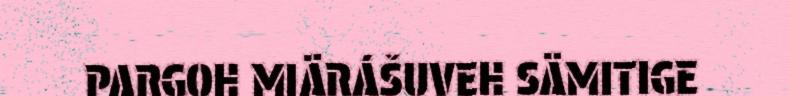
PARGOH MIÄRÁŠUVEH SÄMITIGE